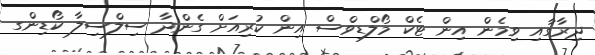
ދިރާގާއި ވިމެން އިން ޓެކް މޯލްޑިވްސް އިން ކުރިއަށް ގެންދާ ސިލްސިލާ ކޯޑިންގ